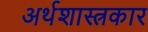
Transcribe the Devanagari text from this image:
अर्थशास्त्रकार